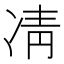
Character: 凊